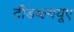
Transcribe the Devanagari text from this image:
टीडब्ल्ययूए